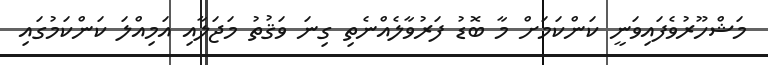
މަޝްހޫރުވެފައިވަނީ ކަންކަމަށް މާ ބޮޑު ފަރުވާލެއްނެތި ގިނަ ވަޤުތު މަޖަލާއި އަމިއްލަ ކަންކަމުގައި